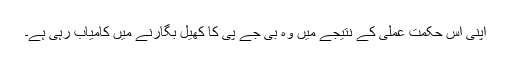
اپنی اس حکمت عملی کے نتیجے میں وہ بی جے پی کا کھیل بگارنے میں کامیاب رہی ہے۔